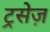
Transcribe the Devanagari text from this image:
ट्रसेज़